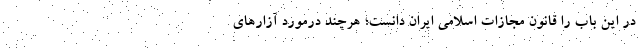
در این باب را قانون مجازات اسلامی ایران دانست؛ هر‌چند درمورد آزارهای